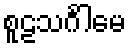
စူဠသင်္ဂါမေ